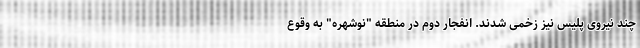
چند نیروی پلیس نیز زخمی شدند. انفجار دوم در منطقه "نوشهره" به وقوع